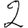
Digit: 2